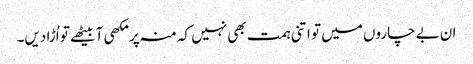
ان بے چاروں میں تو اتنی ہمت بھی نہیں کہ منہ پر مکھی آ بیٹھے تو اُڑا دیں۔